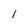
Character: l